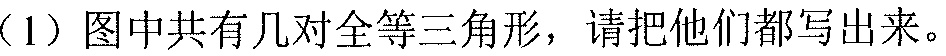
(1) 图中共有几对全等三角形，请把他们都写出来。